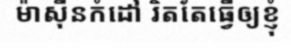
ម៉ាស៊ីនកំដៅ រិតតែធ្វើឲ្យខ្ញុំ